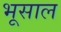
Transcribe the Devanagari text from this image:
भूसाल